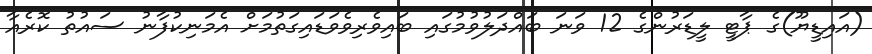
(އައިޑީޔޫ)ގެ ޕާޓީ ލީޑަރުންގެ 12 ވަނަ ބައްދަލުވުމުގައި ބައިވެރިވެވަޑައިގަތުމަށް އެމަނިކުފާނު ސައުތު ކޮރެއާ